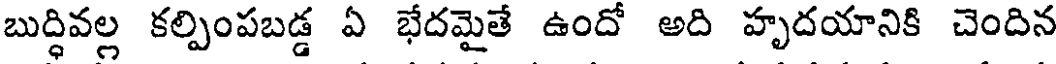
బుద్ధివల్ల కల్పింపబడ్డ ఏ భేదమైతే ఉందో అది హృదయానికి చెందిన